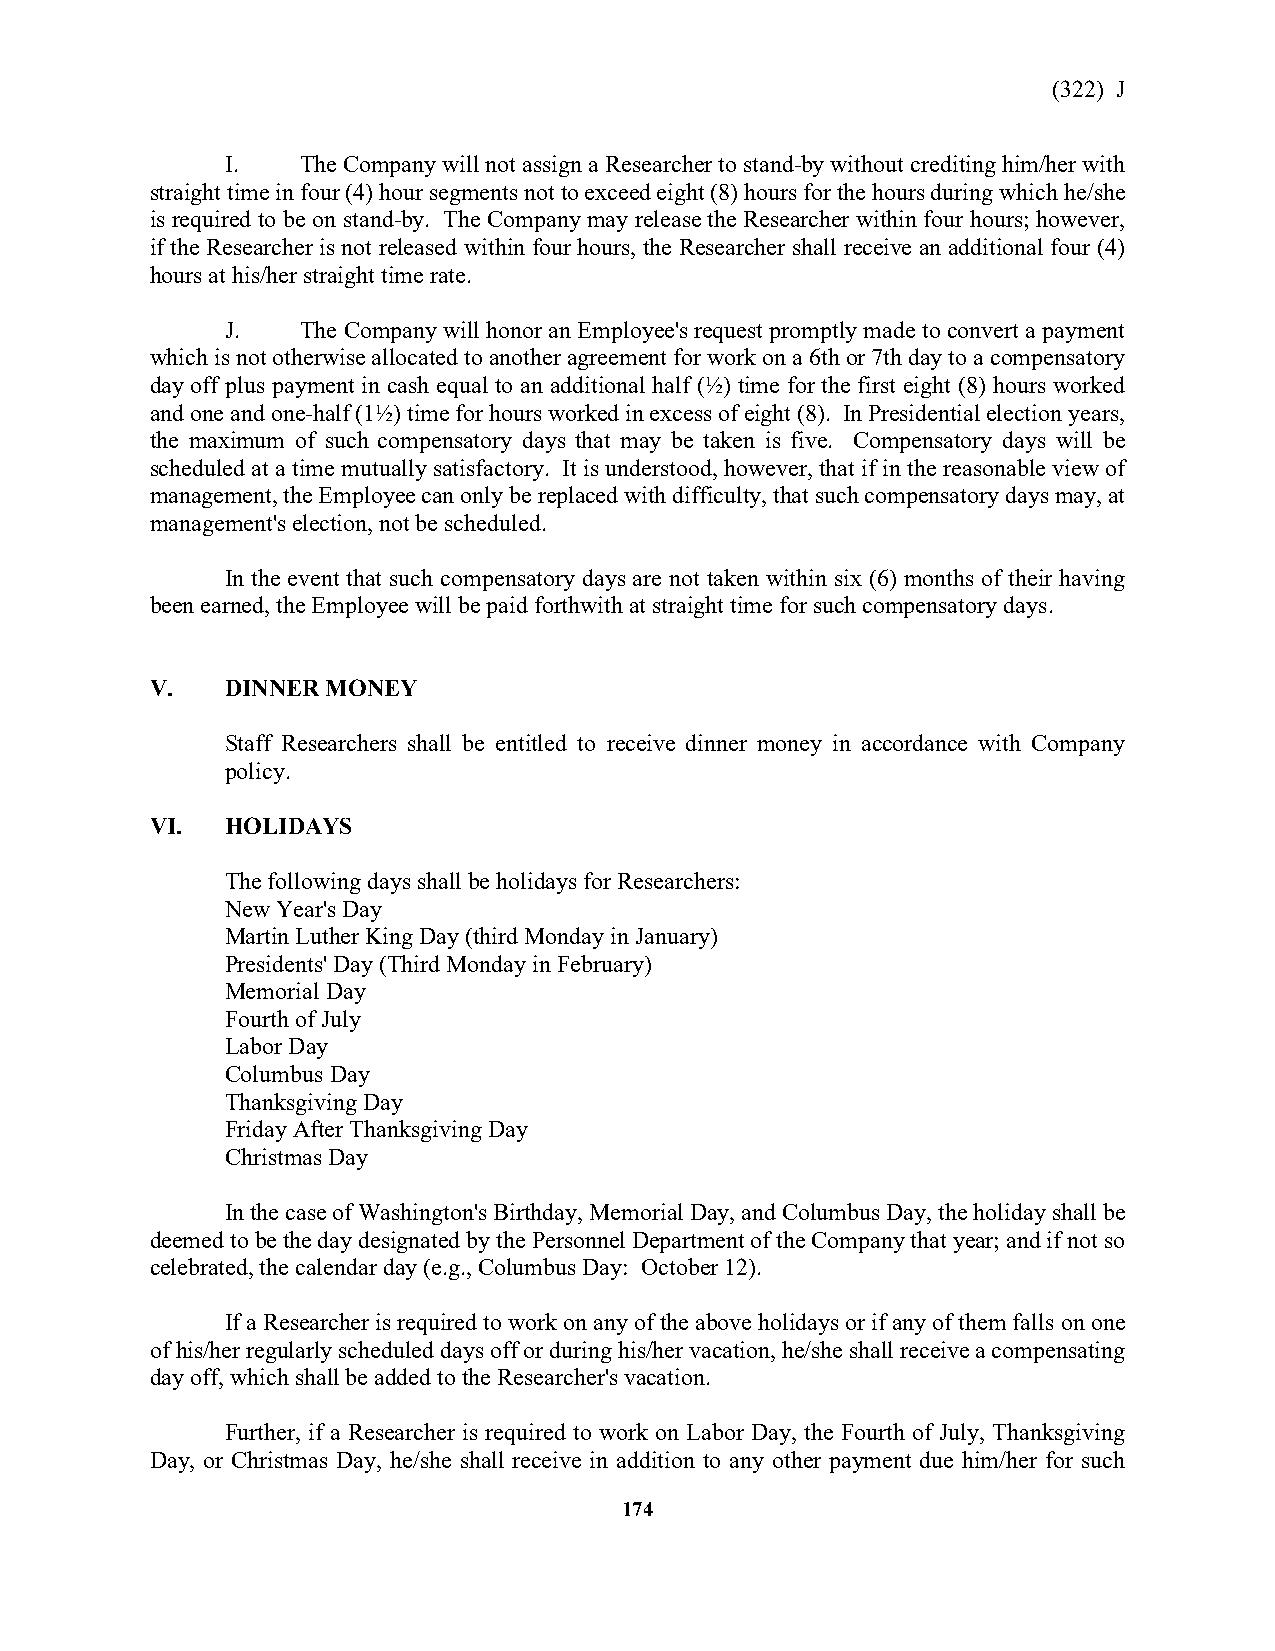
(322) J
 I.   The Company will not assign a Researcher to stand-by without crediting him/her with
 straight time in four (4) hour segments not to exceed eight (8) hours for the hours during which he/she
 is required to be on stand-by. The Company may release the Researcher within four hours; however,
 if the Researcher is not released within four hours, the Researcher shall receive an additional four (4)
 hours at his/her straight time rate.
 J.   The Company will honor an Employee's request promptly made to convert a payment
 which is not otherwise allocated to another agreement for work on a 6th or 7th day to a compensatory
 day off plus payment in cash equal to an additional half (½) time for the first eight (8) hours worked
 and one and one-half (1½) time for hours worked in excess of eight (8). In Presidential election years,
 the maximum of such compensatory days that may be taken is five. Compensatory days will be
 scheduled at a time mutually satisfactory. It is understood, however, that if in the reasonable view of
 management, the Employee can only be replaced with difficulty, that such compensatory days may, at
 management's election, not be scheduled.
 In the event that such compensatory days are not taken within six (6) months of their having
 been earned, the Employee will be paid forthwith at straight time for such compensatory days.
 V.   DINNER MONEY
 Staff Researchers shall be entitled to receive dinner money in accordance with Company
 policy.
 VI.  HOLIDAYS
 The following days shall be holidays for Researchers:
 New Year's Day
 Martin Luther King Day (third Monday in January)
 Presidents' Day (Third Monday in February)
 Memorial Day
 Fourth of July
 Labor Day
 Columbus Day
 Thanksgiving Day
 Friday After Thanksgiving Day
 Christmas Day
 In the case of Washington's Birthday, Memorial Day, and Columbus Day, the holiday shall be
 deemed to be the day designated by the Personnel Department of the Company that year; and if not so
 celebrated, the calendar day (e.g., Columbus Day: October 12).
 If a Researcher is required to work on any of the above holidays or if any of them falls on one
 of his/her regularly scheduled days off or during his/her vacation, he/she shall receive a compensating
 day off, which shall be added to the Researcher's vacation.
 Further, if a Researcher is required to work on Labor Day, the Fourth of July, Thanksgiving
 Day, or Christmas Day, he/she shall receive in addition to any other payment due him/her for such
 174